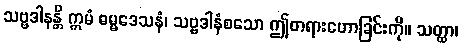
သဗ္ဗဒါနန္တိ ဣမံ ဓမ္မဒေသနံ၊ သဗ္ဗဒါနံစသော ဤတရားဟောခြင်းကို။ သတ္ထာ၊